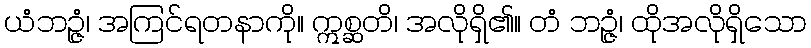
ယံဘဉ္ဇံ၊ အကြင်ရတနာကို။ ဣစ္ဆတိ၊ အလိုရှိ၏။ တံ ဘဉ္ဇံ၊ ထိုအလိုရှိသော